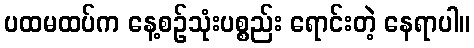
ပထမထပ်က နေ့စဉ်သုံးပစ္စည်း ရောင်းတဲ့ နေရာပါ။